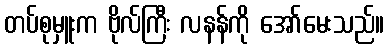
တပ်စုမှူးက ဗိုလ်ကြီး လနန်ကို အော်မေးသည်။